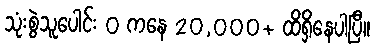
သုံးစွဲသူပေါင်း 0 ကနေ 20,000+ ထိရှိနေပါပြီ။